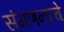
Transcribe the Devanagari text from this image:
संगणनाचे